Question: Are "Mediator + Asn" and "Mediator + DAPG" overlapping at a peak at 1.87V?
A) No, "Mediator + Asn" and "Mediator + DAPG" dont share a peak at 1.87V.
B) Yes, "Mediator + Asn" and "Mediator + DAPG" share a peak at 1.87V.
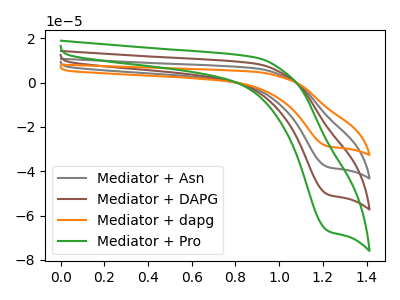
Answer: <think>The gray curve "Mediator + Asn" has a cathodic peak at: (1.25V, -101.15uA). The brown curve "Mediator + DAPG" has a cathodic peak at: (1.25V, -50.60uA). The orange curve "Mediator + dapg" has a cathodic peak at: (1.25V, -151.75uA). The green curve "Mediator + Pro" has a cathodic peak at: (1.25V, -67.05uA).</think>
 <answer>A) No, "Mediator + Asn" and "Mediator + DAPG" dont share a peak at 1.87V.</answer>
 <eval>A</eval>